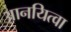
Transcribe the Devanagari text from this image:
आनयित्वा